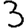
Digit: 3